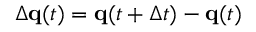
\Delta \mathbf { q } ( t ) = \mathbf { q } ( t + \Delta t ) - \mathbf { q } ( t )